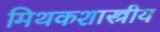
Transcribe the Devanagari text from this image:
मिथकशास्त्रीय